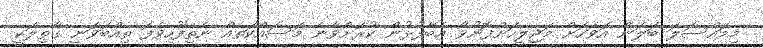
މިމައްސަލަ ބަލަން އަވަހަށް މަޖިލީހަށްފޮނުވާ އެބޭފުޅުން ކުރަށްވާނެ މަސައްކަތެއް ނެތިފޫހިވެފަ ތިއްބަވަނީ ގާތިލަކީ